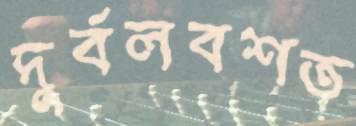
দুর্বলবশত